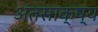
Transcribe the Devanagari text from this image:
अंतसाक्ष्य